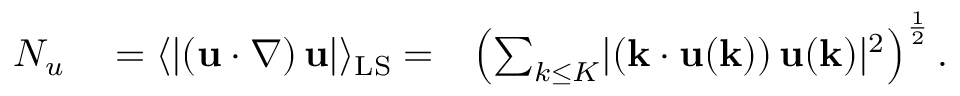
\begin{array} { r l r } { N _ { u } } & { { } = \langle \lvert \left( \mathbf { u } \cdot \boldsymbol { \nabla } \right) \mathbf { u } \rvert \rangle _ { \mathrm { L S } } = } & { \left( \sum _ { k \leq { K } } \lvert \left( \mathbf { k } \cdot \mathbf { u } ( \mathbf { k } ) \right) \mathbf { u } ( \mathbf { k } ) \rvert ^ { 2 } \right) ^ { \frac { 1 } { 2 } } . } \end{array}